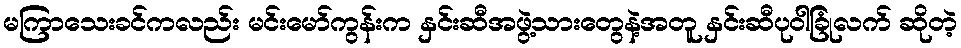
မကြာသေးခင်ကလည်း မင်းမော်ကွန်းက နှင်းဆီအဖွဲ့သားတွေနဲ့အတူ နှင်းဆီပုဝါခြုံလက် ဆိုတဲ့